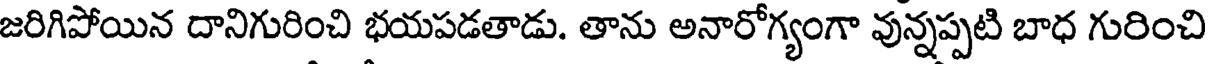
జరిగిపోయిన దానిగురించి భయపడతాడు. తాను అనారోగ్యంగా వున్నప్పటి బాధ గురించి